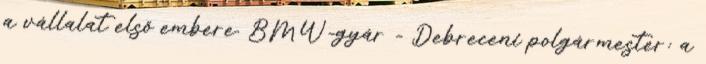
a vállalat első embere. BMW-gyár - Debreceni polgármester: a